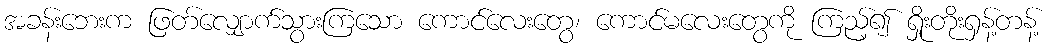
အခန်းဘေးက ဖြတ်လျှောက်သွားကြသော ကောင်လေးတွေ၊ ကောင်မလေးတွေကို ကြည့်၍ ရှိုးတိုးရှန့်တန့်